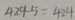
4 2 9 - 5 = 4 2 4